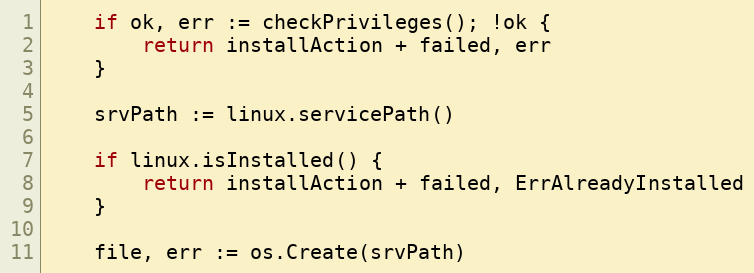
Language: Go
	if ok, err := checkPrivileges(); !ok {
		return installAction + failed, err
	}

	srvPath := linux.servicePath()

	if linux.isInstalled() {
		return installAction + failed, ErrAlreadyInstalled
	}

	file, err := os.Create(srvPath)